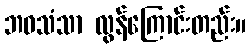
ဘဝသံသာ လွန်ကြောင်းတည်း။